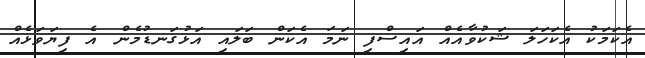
އެކަމަކު އެކަހަލަ ޝަކުވާއެއް އައިސްފި ނަމަ އެކަން ބަލައި އަޅުގަނޑުމެން އެ ފިޔަވަޅެއް